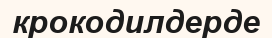
крокодилдерде